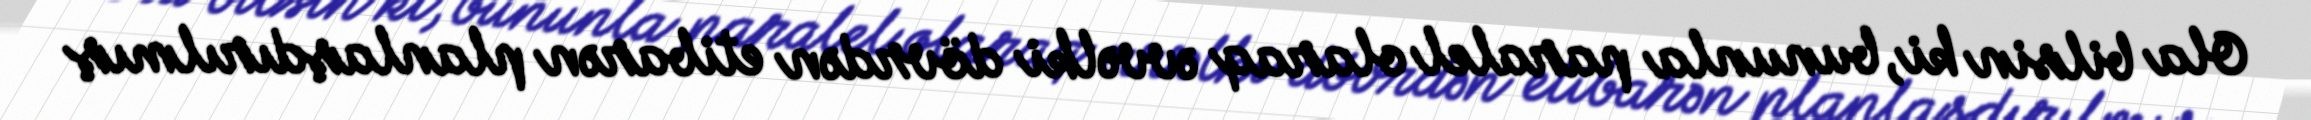
Ola bilsin ki, bununla paralel olaraq əvvəlki dövrdən etibarən planlaşdırılmış